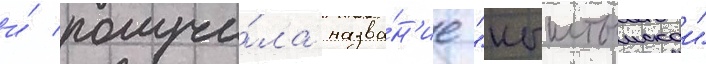
и́ получи́ла назва́н'ие "кыштымскои"